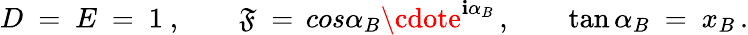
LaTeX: D\ =\ E\ =\ 1\ ,\qquad\mathfrak{F}\ =\, cos\alpha_{B}\cdote^{\mathbf{i}\alpha_{B}}\, ,\qquad\tan\alpha_{B}\ =\ x_{B}\, .